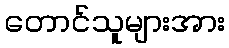
တောင်သူများအား